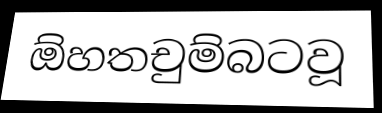
ඕහතචුම්බටවූ